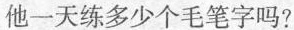
他一天练多少个毛笔字吗?